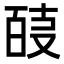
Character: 𭆴